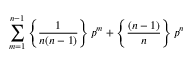
\sum _ { m = 1 } ^ { n - 1 } \left\{ \frac { 1 } { n ( n - 1 ) } \right\} p ^ { m } + \left\{ \frac { ( n - 1 ) } { n } \right\} p ^ { n }